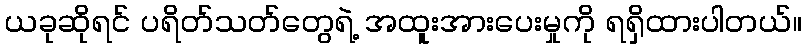
ယခုဆိုရင် ပရိတ်သတ်တွေရဲ့ အထူးအားပေးမှုကို ရရှိထားပါတယ်။